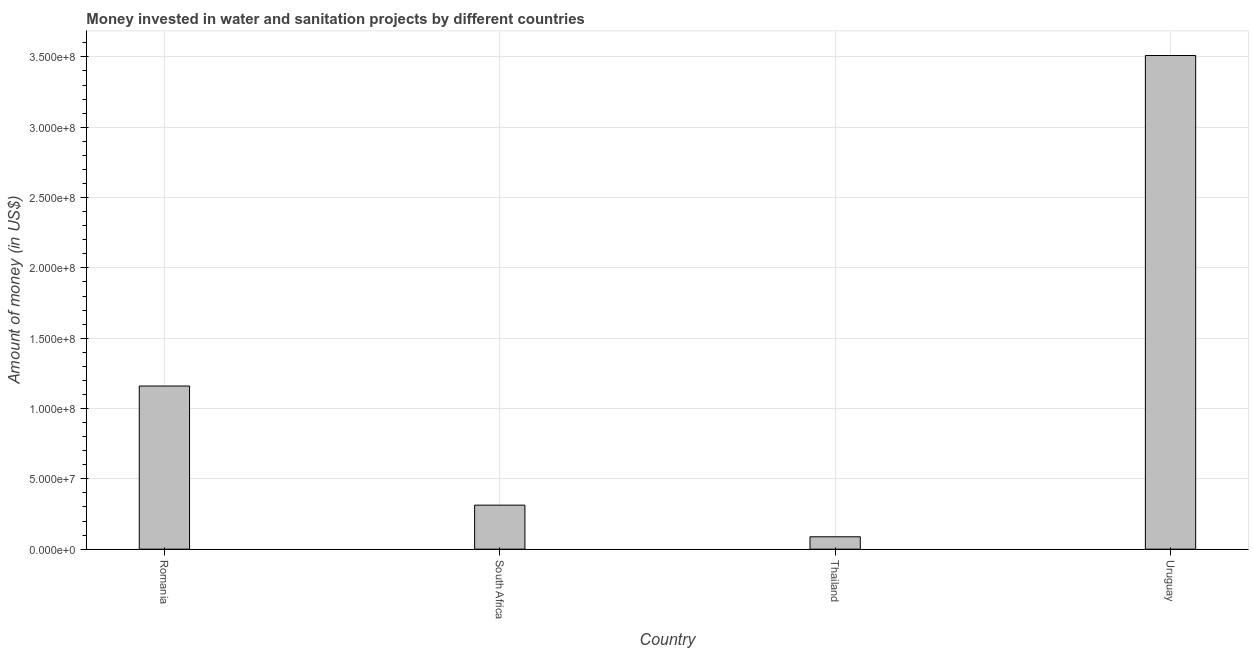
| Country | Investment |
 | --- | --- |
 | Romania | 1.16e+08 |
 | South Africa | 3.13e+07 |
 | Thailand | 8.8e+06 |
 | Uruguay | 3.51e+08 |